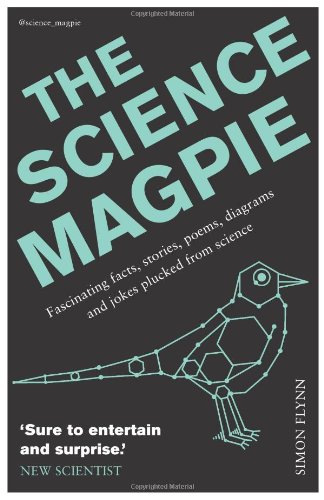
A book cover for The Science Magpie: Fascinating Facts, Stories, Poems, Diagrams, and Jokes Plucked from Science; Simon Flynn; Humor & Entertainment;